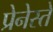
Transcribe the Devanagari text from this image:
प्रेनेस्ते